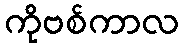
ကိုဗစ်ကာလ